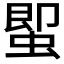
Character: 𮔕